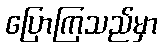
ပြောကြသည်မှာ